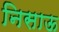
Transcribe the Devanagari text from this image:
निसाऊ